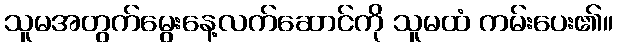
သူမအတွက်မွေးနေ့လက်ဆောင်ကို သူမထံ ကမ်းပေး၏။